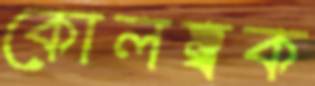
কোলম্বক